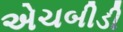
એચબીડી